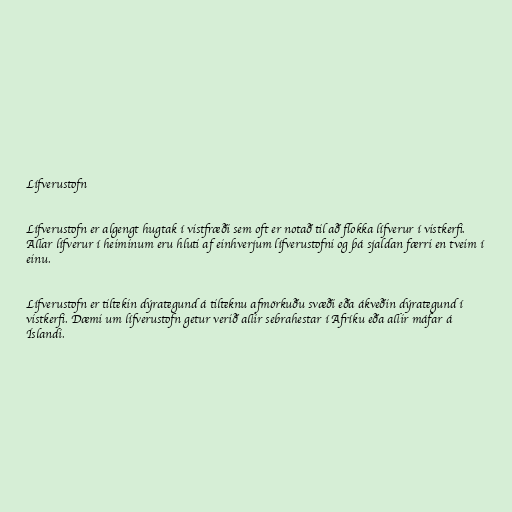
Lífverustofn

Lífverustofn er algengt hugtak í vistfræði sem oft er notað til að flokka lífverur í vistkerfi.
Allar lífverur í heiminum eru hluti af einhverjum lífverustofni og þá sjaldan færri en tveim í
einu.

Lífverustofn er tiltekin dýrategund á tilteknu afmörkuðu svæði eða ákveðin dýrategund í
vistkerfi. Dæmi um lífverustofn getur verið allir sebrahestar í Afríku eða allir máfar á
Íslandi.